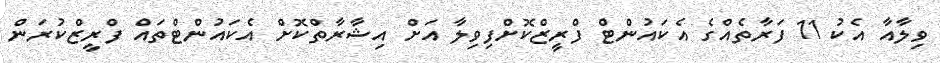
ވިލާއާ އެކު 11 ފަރާތެއްގެ އެކައުންޓް ފްރީޒްކޮށްފިވިލާ އަށް އިޝާރާތްކޮށް އެކައުންޓްތައް ފްރީޒްކުރަން